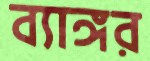
ব্যাঙ্গর